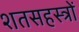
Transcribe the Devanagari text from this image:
शतसहस्त्रों